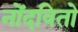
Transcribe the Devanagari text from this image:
नोंदवितो